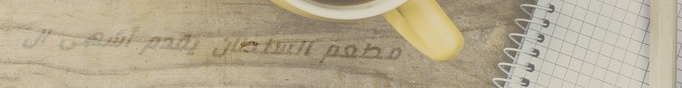
مطعم السلطان يقدم أشهى ال